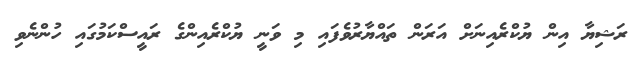
ރަޝިޔާ އިން ޔުކްރެެއިނަށް އަރަން ތައްޔާރުވެފައި މި ވަނީ ޔުކްރެެއިންގެ ރައީސްކަމުގައި ހުންނެވި